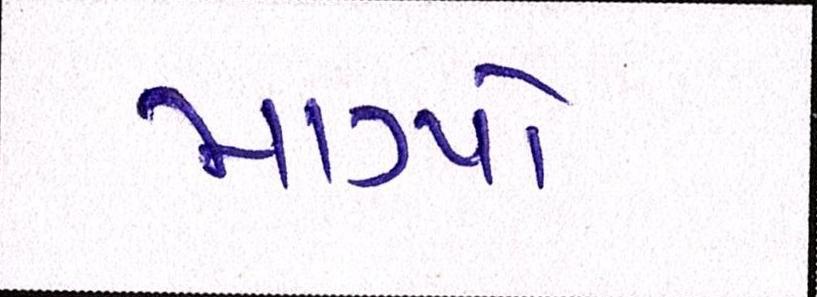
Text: માગ્યો